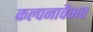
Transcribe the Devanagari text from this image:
कल्पनावैभव